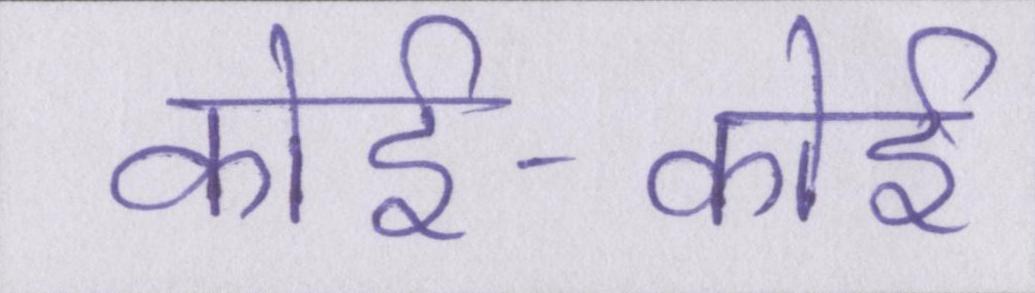
कोई-कोई